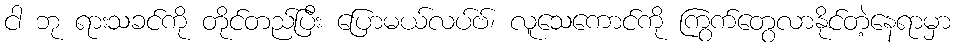
ငါ ဘု ရားသခင်ကို တိုင်တည်ပြီး ပြောမယ်လပ်ဗ်၊ လူသေကောင်ကို ကြွက်တွေလာနိုင်တဲ့နေရာမှာ